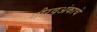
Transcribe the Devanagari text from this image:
गौरवअंकाचे